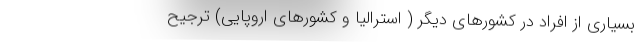
بسیاری از افراد در کشور‌های دیگر ( استرالیا و کشورهای اروپایی) ترجیح